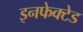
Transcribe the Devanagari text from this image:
इनफेक्टेड